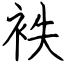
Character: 袟